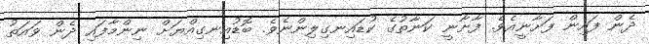
ދެން ފައިން ފަށާނީއެވެ. ފާށާނީ ކަނާތުގެ ކުޑައިނގިލިންނެވެ. ބޮޑުއިނގިއްޔަށް ނިންމާފައި ދެން ވައަތު